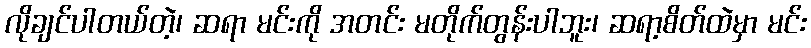
လိုချင်ပါတယ်တဲ့၊ ဆရာ မင်းကို အတင်း မတိုက်တွန်းပါဘူး၊ ဆရာ့စိတ်ထဲမှာ မင်း